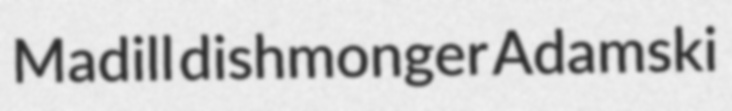
Madill dishmonger Adamski